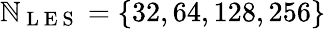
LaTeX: \mathbb{N}_{\mathrm{{~L~E~S~}}}=\{ 32,64,128,256\}